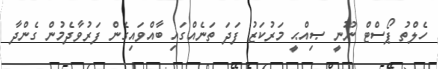
ހެލްތު ޕޯސްޓް ނޫނީ ޞިއްޙީ މަރުކަޒު ފަދަ ތަނެއްގައި ބާއްވައިގެން ފަރުވާދެމުން ގެންދާ